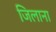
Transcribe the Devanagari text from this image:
जिलाना